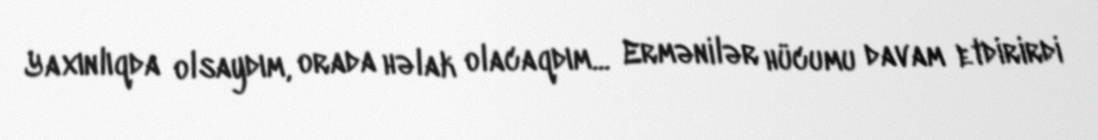
Yaxınlıqda olsaydım, orada həlak olacaqdım... Ermənilər hücumu davam etdirirdi